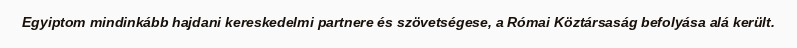
Egyiptom mindinkább hajdani kereskedelmi partnere és szövetségese, a Római Köztársaság befolyása alá került.